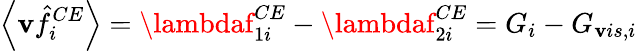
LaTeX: \left\langle\mathbf{v}\hat{{f}}_{i}^{CE}\right\rangle=\lambdaf_{1i}^{CE}-\lambdaf_{2i}^{CE}=G_{i}-G_{\mathbf{v}is,i}